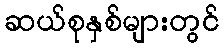
ဆယ်စုနှစ်များတွင်